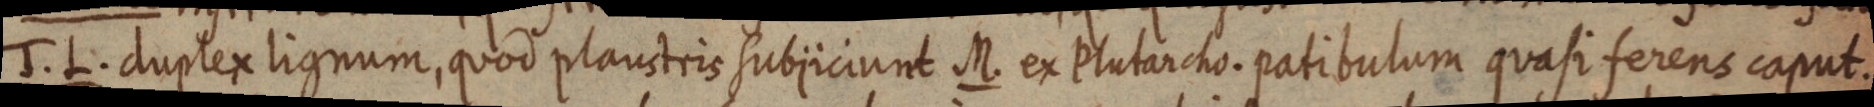
T. L. duplex lignum, quod plaustris subjiciunt M. ex Plutarcho. patibulum quasi ferens caput.